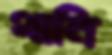
থানি